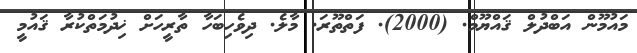
މައުމޫން އަބްދުލް ޤައްޔޫމް. (2000). ފަތްތޫރަ. މާލެ. ދިވެހިބަހާ ތާރީހަށް ޚިދުމަތްކުރާ ޤައުމީ